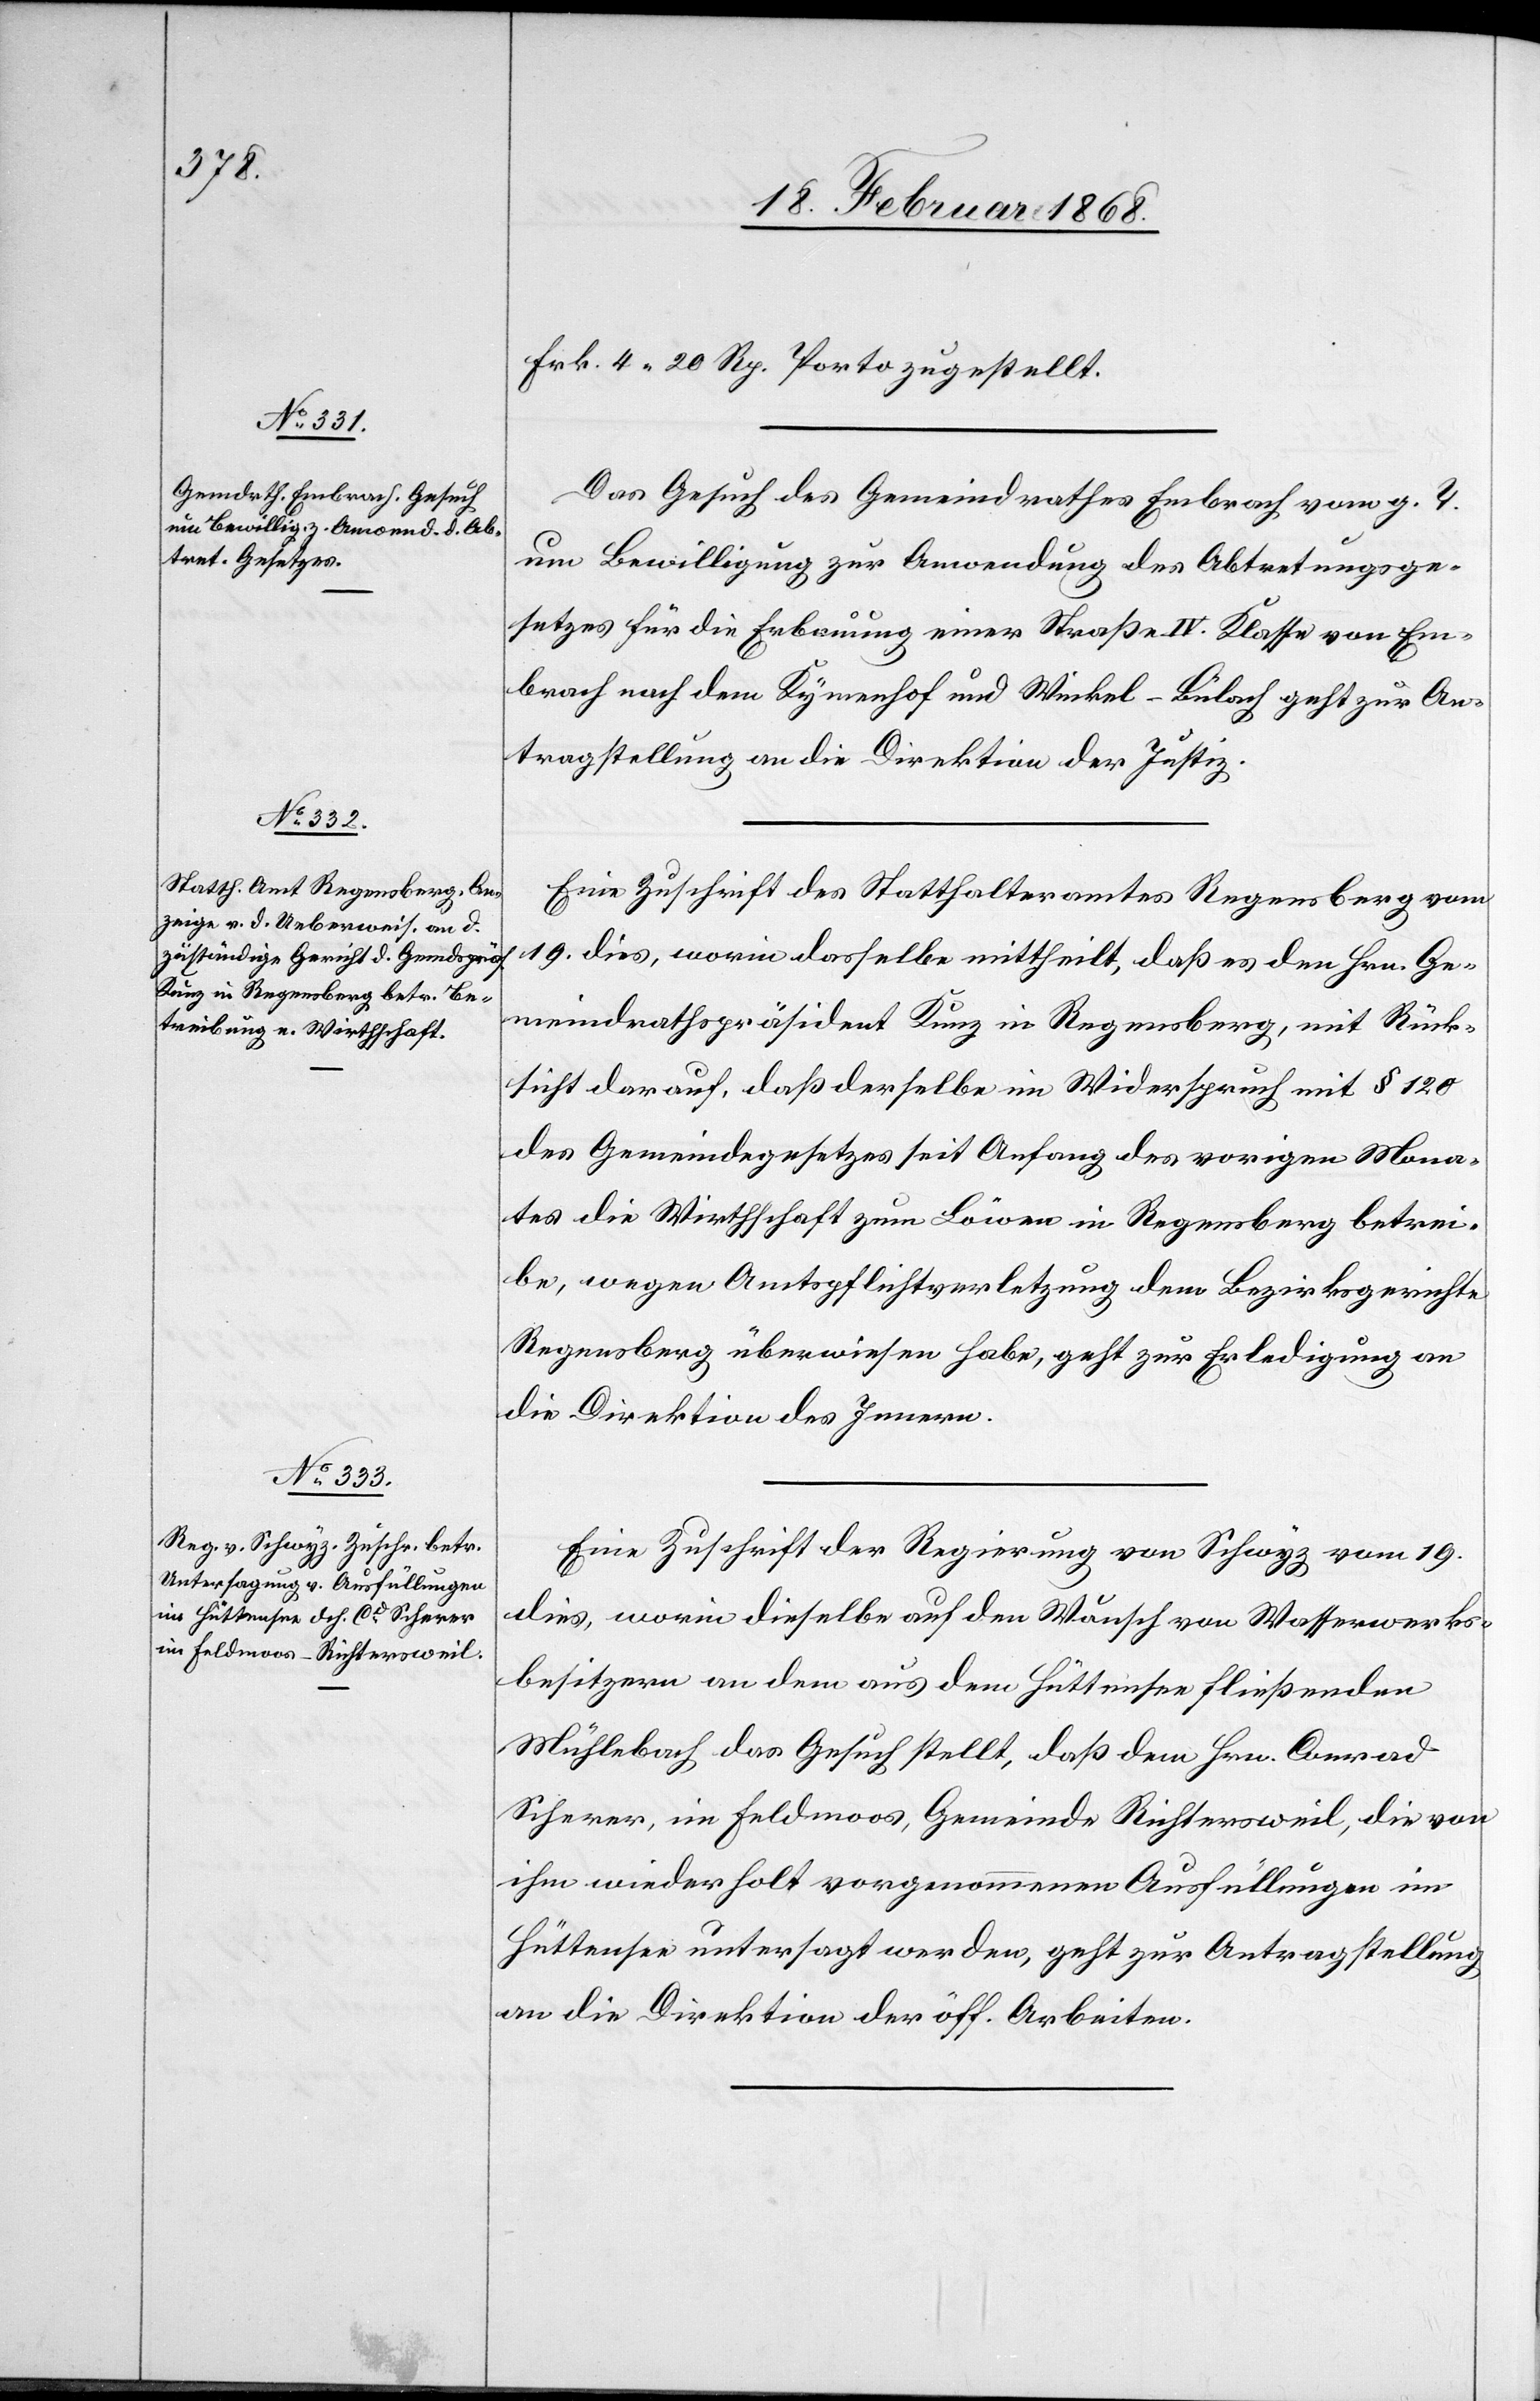
20. Februar 1868.]
Frk. 4. 20 Rp. Porto zugestellt.
Das Gesuch des Gemeindrathes Embrach vom g. T.
um Bewilligung zur Anwendung des Abtretungsge¬
setzes für die Erbauung einer Straße IV. Klasse von Em¬
brach nach dem Kymenhof und Winkel-Bülach geht zur An¬
tragstellung an die Direktion der Justiz.
Eine Zuschrift des Statthalteramtes Regensberg vom
19. dies, worin dasselbe mittheilt, daß es den Hrn. Ge¬
meindrathspräsident Kunz in Regensberg, mit Rück¬
sicht darauf, daß derselbe im Widerspruch mit § 120
des Gemeindegesetzes seit Anfang des vorigen Mona¬
tes die Wirthschaft zum Löwen in Regensberg betrei¬
be, wegen Amtspflichtverletzung dem Bezirksgerichte
Regensberg überwiesen habe, geht zur Erledigung an
die Direktion des Innern.
Eine Zuschrift der Regierung von Schwyz vom 19.
dies, worin dieselbe auf den Wunsch von Wasserwerks¬
besitzern an dem aus dem Hüttensee fließenden
Mühlebach das Gesuch stellt, daß dem Hrn. Conrad
Scherer, im Feldmoos, Gemeinde Richtersweil, die von
ihm wiederholt vorgenommenen Ausfüllungen im
Hüttensee untersagt werden, geht zur Antragstellung
an die Direktion der öff. Arbeiten.